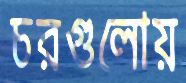
চরগুলোয়